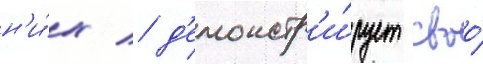
н'и́х / д'емонстр'и́рует своо́